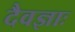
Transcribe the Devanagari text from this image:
दैवज्ञाः